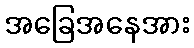
အခြေအနေအား